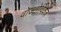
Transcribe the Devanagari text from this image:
वोज्तोविक्ज़